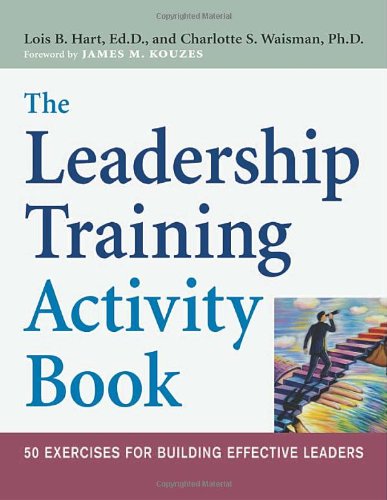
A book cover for The Leadership Training Activity Book: 50 Exercises for Building Effective Leaders; Lois B. Hart; Business & Money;